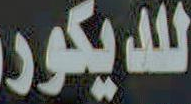
للديكور